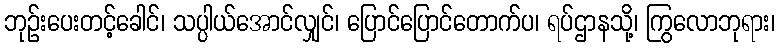
ဘုဉ်းပေးတင့်ခေါင်၊ သပ္ပါယ်အောင်လျှင်၊ ပြောင်ပြောင်တောက်ပ၊ ရပ်ဌာနသို့၊ ကြွလောဘုရား၊